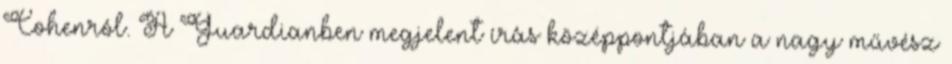
Cohenról. A Guardianben megjelent írás középpontjában a nagy művész